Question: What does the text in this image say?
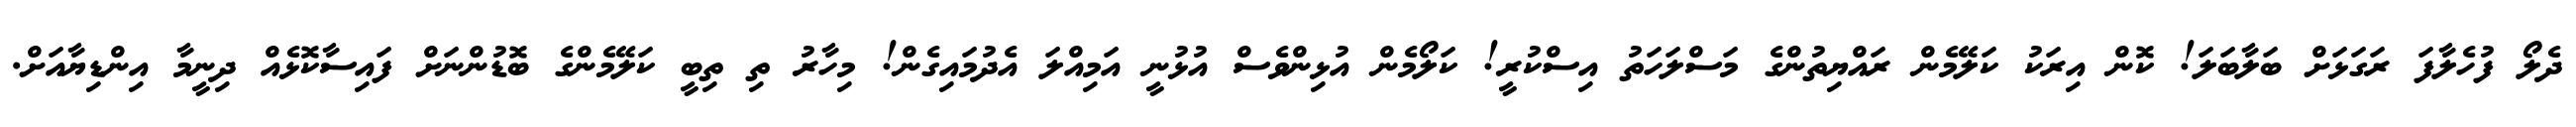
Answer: ދެލޯ ފުހެލާފަ ރަގަޅަށް ބަލާބަލަ! ކޮން އިރަކު ކަލޭމެން ރައްޔިތުންގެ މަސްލަހަތު އިސްކުރީ! ކަލޯމެން އުޅިންވެސް އުޅުނީ އަމިއްލަ އެދުމައިގެން! މިހާރު ތި ތިބީ ކަލޭމެންގެ ބޮޑުންނަށް ފައިސާކޮޅެއް ދިނީމާ އިންޑިޔާއަށް.